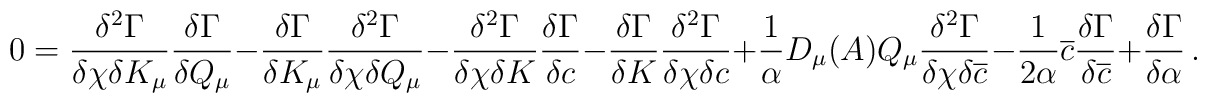
0 = \frac{\delta^2 \Gamma}{\delta \chi \delta K_\mu}    \frac{\delta \Gamma}{\delta Q_\mu}   -\frac{\delta \Gamma}{\delta K_\mu}    \frac{\delta^2 \Gamma}{\delta \chi \delta Q_\mu}   -\frac{\delta^2 \Gamma}{\delta \chi \delta K}    \frac{\delta \Gamma}{\delta c}    -\frac{\delta \Gamma}{\delta K}    \frac{\delta^2 \Gamma}{\delta \chi \delta c}     +\frac{1}{\alpha} D_\mu(A) Q_\mu    \frac{\delta^2 \Gamma}{\delta \chi \delta \overline{c}}   -\frac{1}{2 \alpha} \overline{c} \frac{\delta \Gamma}{\delta \overline{c}}   +\frac{\delta \Gamma}{\delta \alpha}\, .